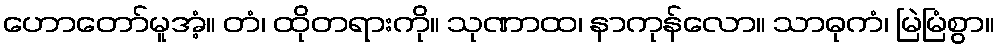
ဟောတော်မူအံ့။ တံ၊ ထိုတရားကို။ သုဏာထ၊ နာကုန်လော။ သာဓုကံ၊ မြဲမြံစွာ။